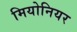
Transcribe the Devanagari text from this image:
मियोनियर